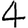
Digit: 4